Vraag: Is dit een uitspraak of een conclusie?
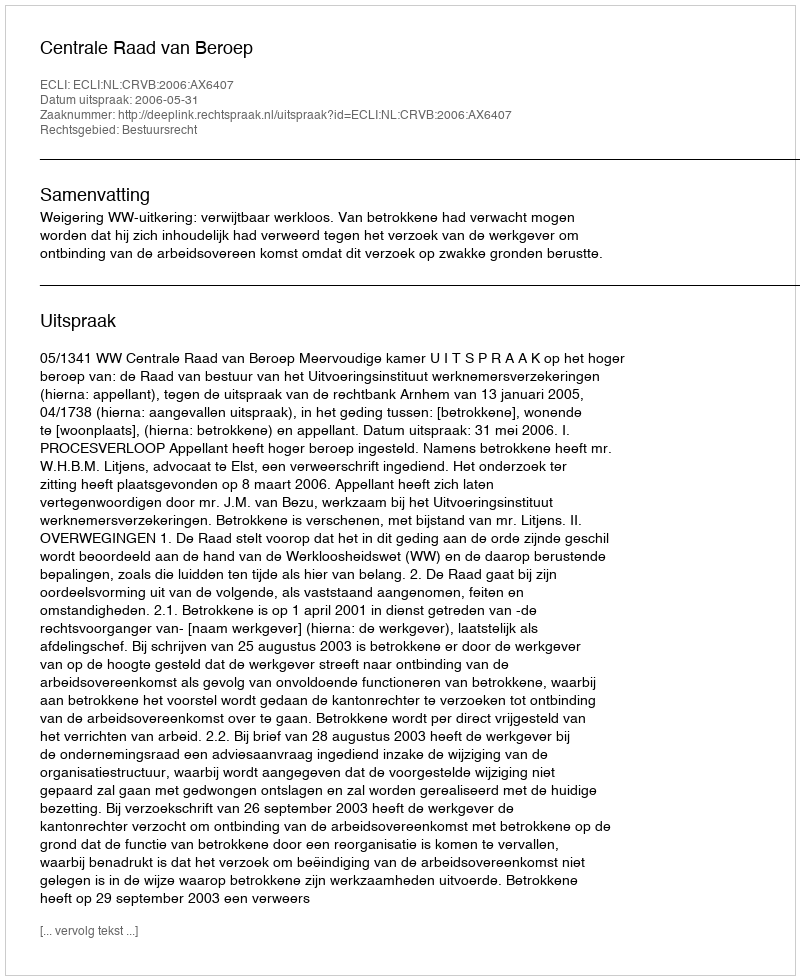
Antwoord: Uitspraak